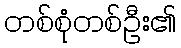
တစ်စုံတစ်ဦး၏